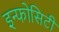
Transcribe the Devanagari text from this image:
इन्फोसिटी